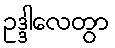
ဥဒ္ဒါလေတွာ